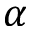
\alpha